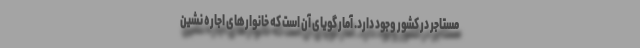
مستاجر در کشور وجود دارد. آمار گویای آن است که خانوارهای اجاره نشین